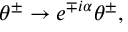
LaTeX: \theta ^ { \pm } \rightarrow e ^ { \mp i \alpha } \theta ^ { \pm } , \quad